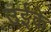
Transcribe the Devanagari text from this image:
उईके